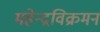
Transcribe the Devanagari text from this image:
महेन्द्रविक्रमन